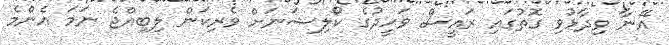
އޭނާ ވިދާޅުވި ގޮތުގައި ރައީސް ވަހީދުގެ ކޯލިޝަނަށް ވެރިކަން ލިބިއްޖެ ނަމަ އެންމެ